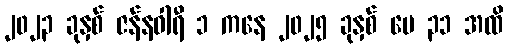
၂၀၂၃ ခုနှစ် ဇန်နဝါရီ ၁ ကနေ ၂၀၂၅ ခုနှစ် မေ ၃၁ အထိ